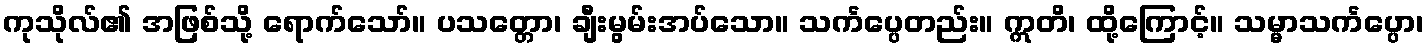
ကုသိုလ်၏ အဖြစ်သို့ ရောက်သော်။ ပသတ္တော၊ ချီးမွမ်းအပ်သော။ သင်္ကပ္ပေတည်း။ ဣတိ၊ ထို့ကြောင့်။ သမ္မာသင်္ကပ္ပော၊